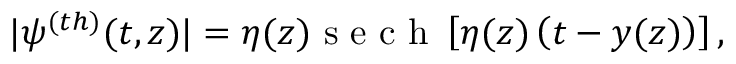
\begin{array} { r } { | \psi ^ { ( t h ) } ( t , z ) | = \eta ( z ) \mathrm { ~ s ~ e ~ c ~ h ~ } \left[ \eta ( z ) \left( t - y ( z ) \right) \right] , } \end{array}